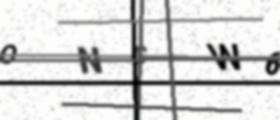
Text: ONGW6